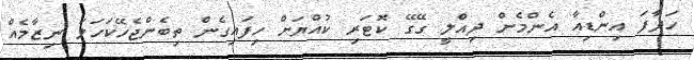
ހަދާފަ އިންޑިއާ އެންމެން ދިއްލީ ގޭގޭ ކޮޓަރި ކުއްޔަށް ހިފައިގެން ތިބެންޖެހޭކަހަލަ ނިޒާމެއް